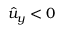
\hat { u } _ { y } < 0